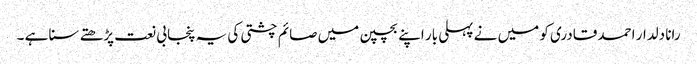
رانا دلدار احمد قادری کو میں نے پہلی بار اپنے بچپن میں صائم چشتی کی یہ پنجابی نعت پڑھتے سنا ہے ۔